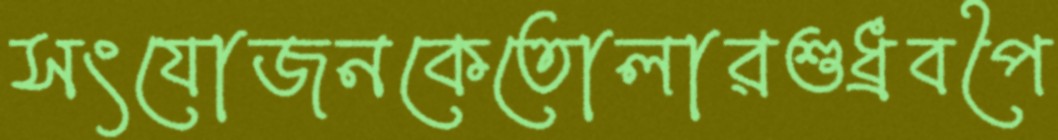
সংযোজনকেতোলারশুধ্‌রবপৈ